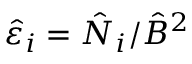
\hat { \varepsilon } _ { i } = \hat { N } _ { i } / \hat { B } ^ { 2 }